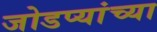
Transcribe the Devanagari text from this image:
जोडप्यांच्या